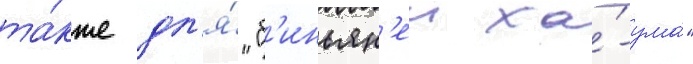
та́кже дл'я́ "б'иньян'еи ха́-ума́"